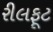
રીલફૂટ